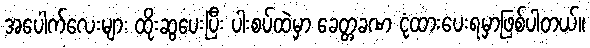
အပေါက်လေးများ ထိုးဆွပေးပြီး ပါးစပ်ထဲမှာ ခေတ္တခဏ ငုံထားပေးရမှာဖြစ်ပါတယ်။